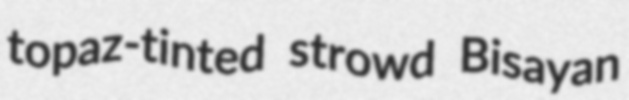
topaz-tinted strowd Bisayan